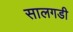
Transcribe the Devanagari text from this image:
सालगडी